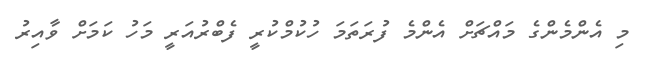
މި އެންމެންގެ މައްޗަށް އެންމެ ފުރަތަމަ ހުކުމްކުރީ ފެބްރުއަރީ މަހު ކަމަށް ވާއިރު